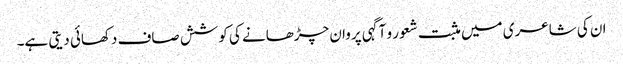
ان کی شاعری میں مثبت شعور و آگہی پروان چڑھانے کی کوشش صاف دکھائی دیتی ہے۔